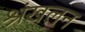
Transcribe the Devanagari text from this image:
श्रंखलन